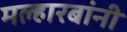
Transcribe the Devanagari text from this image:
मल्हारबांनी